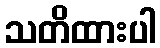
သတိထားပါ